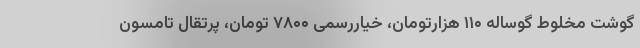
گوشت مخلوط گوساله ۱۱۰ هزارتومان، خیاررسمی ۷۸۰۰ تومان، پرتقال تامسون